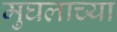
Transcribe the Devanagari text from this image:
मुघलाच्या